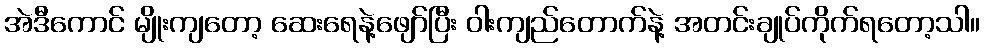
အဲဒီကောင် မျိုးကျတော့ ဆေးရေနဲ့ဖျော်ပြီး ဝါးကျည်တောက်နဲ့ အတင်းချုပ်ကိုက်ရတော့သါ။